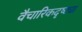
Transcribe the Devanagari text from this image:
वैचारिकदृष्‍ट्या